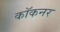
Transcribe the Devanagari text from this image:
कॉकनर